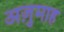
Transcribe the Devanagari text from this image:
अज़ुमाह